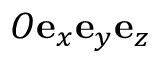
O \mathbf { e } _ { x } \mathbf { e } _ { y } \mathbf { e } _ { z }